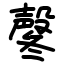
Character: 㲇